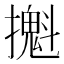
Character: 𢷪